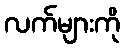
လက်များကို